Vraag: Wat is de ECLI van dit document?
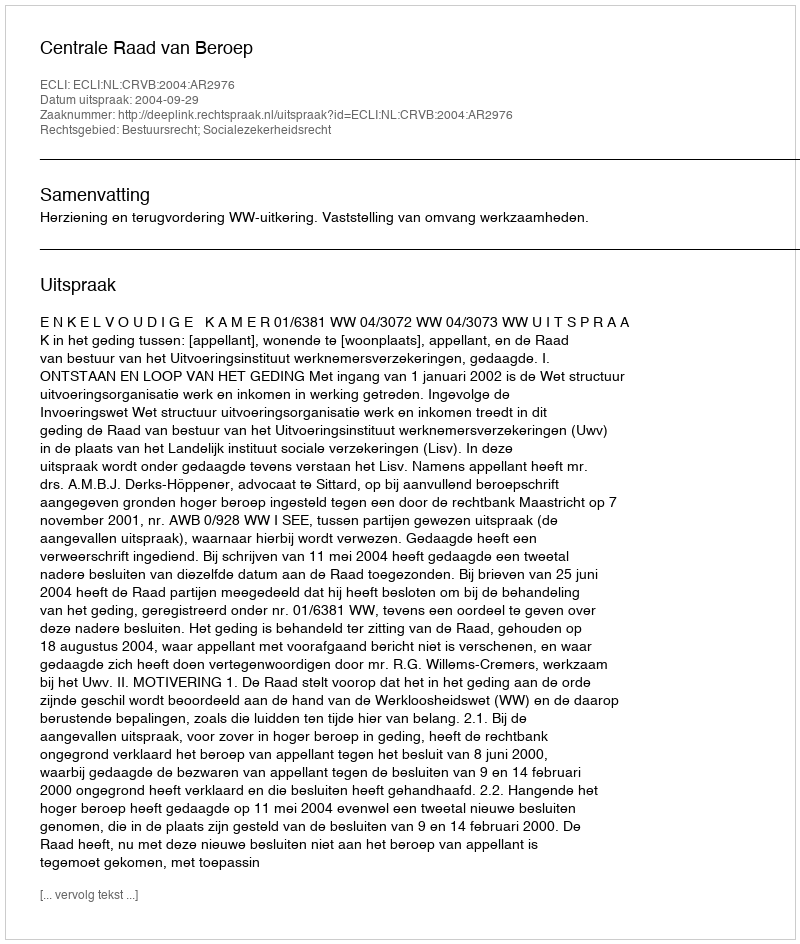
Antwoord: ECLI:NL:CRVB:2004:AR2976